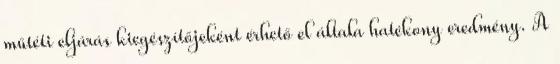
műtéti eljárás kiegészítőjeként érhető el általa hatékony eredmény. A